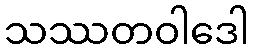
သဿတဝါဒေါ